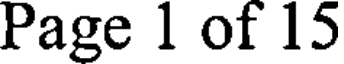
Page 1 of 15